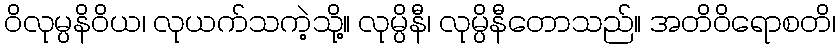
ဝိလုမ္ပနိဝိယ၊ လုယက်သကဲ့သို့။ လုမ္ပိနီ၊ လုမ္ပိနီတောသည်။ အတိဝိရောစတိ၊